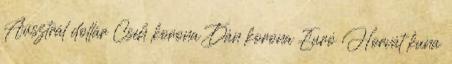
Ausztrál dollár Cseh korona Dán korona Euró Horvát kuna